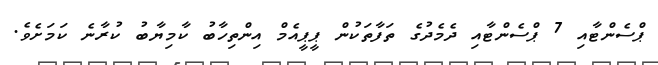
ޕްސެންޓާއި 7 ޕްސެންޓާއި ދެމެދުގެ ތަފާތަކުން ޕީޕީއެމް އިންތިހާބު ކާމިޔާބު ކުރާނެ ކަމަށެވެ.